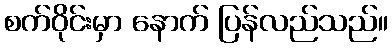
စက်ဝိုင်းမှာ နောက် ပြန်လည်သည်။